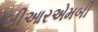
બીઆરએમબી